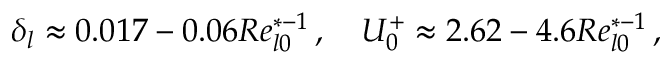
\delta _ { l } \approx 0 . 0 1 7 - 0 . 0 6 R e _ { l 0 } ^ { * - 1 } \, , \quad U _ { 0 } ^ { + } \approx 2 . 6 2 - 4 . 6 R e _ { l 0 } ^ { * - 1 } \, ,